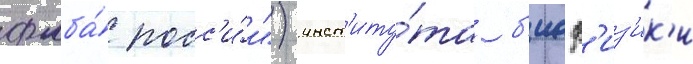
фмба́ росс'и́и") инст'иту́та б'иоф'из'ик'и